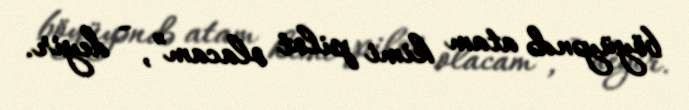
böyüyəndə atam kimi pilot olacam”, - deyir.